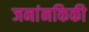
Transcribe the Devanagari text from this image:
जनांनकिकी